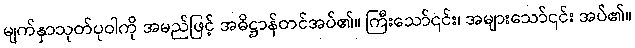
မျက်နှာသုတ်ပုဝါကို အမည်ဖြင့် အဓိဋ္ဌာန်တင်အပ်၏။ ကြီးသော်၎င်း၊ အများသော်၎င်း အပ်၏။